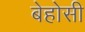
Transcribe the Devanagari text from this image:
बेहोसी